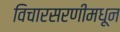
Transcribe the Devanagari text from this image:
विचारसरणीमधून